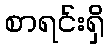
စာရင်းရှိ